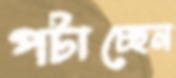
পটাচ্ছেন